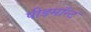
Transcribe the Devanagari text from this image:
पीडमॉन्ट